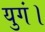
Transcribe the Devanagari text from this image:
युगं।